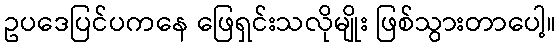
ဥပဒေပြင်ပကနေ ဖြေရှင်းသလိုမျိုး ဖြစ်သွားတာပေါ့။